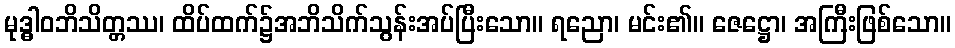
မုဒ္ဓါဝဘိသိတ္တဿ၊ ထိပ်ထက်၌အဘိသိက်သွန်းအပ်ပြီးသော။ ရညော၊ မင်း၏။ ဇေဋ္ဌော၊ အကြီးဖြစ်သော။